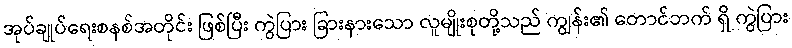
အုပ်ချုပ်ရေးစနစ်အတိုင်း ဖြစ်ပြီး ကွဲပြား ခြားနားသော လူမျိုးစုတို့သည် ကျွန်း၏ တောင်ဘက် ရှိ ကွဲပြား